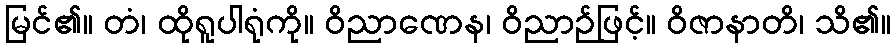
မြင်၏။ တံ၊ ထိုရူပါရုံကို။ ဝိညာဏေန၊ ဝိညာဉ်ဖြင့်။ ဝိဇာနာတိ၊ သိ၏။